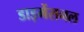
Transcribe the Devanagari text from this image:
डाइमेंसनल